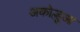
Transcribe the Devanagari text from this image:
अकोल्हुआ